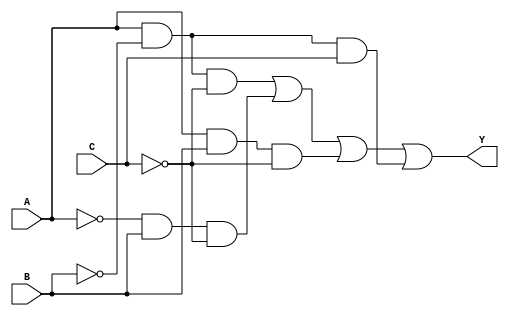
module combinational_logic_block (
    input wire A, // Input variable A
    input wire B, // Input variable B
    input wire C, // Input variable C
    output wire Y // Output Y
);

// Define the minterms for the desired function
// For example, let's say we want to implement the function Y = A'B + AB' + BC
// This corresponds to minterms 1, 2, 3, and 5 (in decimal)
wire m0 = 1'b0; // 000
wire m1 = A & ~B & ~C; // 001
wire m2 = ~A & B & ~C; // 010
wire m3 = A & B & ~C; // 011
wire m4 = ~A & ~B & C; // 100
wire m5 = A & ~B & C; // 101
wire m6 = ~A & B & C; // 110
wire m7 = A & B & C; // 111

// Generate the output Y based on the essential prime implicants
assign Y = m1 | m2 | m3 | m5; // Y = A'B + AB' + BC

endmodule